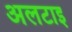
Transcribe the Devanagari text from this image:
अलटाइ